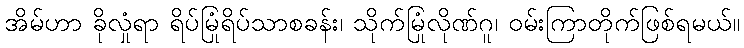
အိမ်ဟာ ခိုလှုံရာ ရိပ်မြုံရိပ်သာစခန်း၊ သိုက်မြုံလိုဏ်ဂူ၊ ဝမ်းကြာတိုက်ဖြစ်ရမယ်။